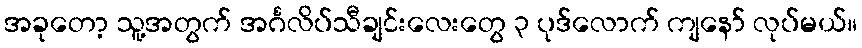
အခုတော့ သူ့အတွက် အင်္ဂလိပ်သီချင်းလေးတွေ ၃ ပုဒ်လောက် ကျနော် လုပ်မယ်။